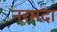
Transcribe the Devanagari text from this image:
नरमदा